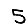
Digit: 5